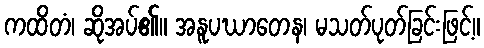
ကထိတံ၊ ဆိုအပ်၏။ အနူပဃာတေန၊ မသတ်ပုတ်ခြင်းဖြင့်။